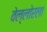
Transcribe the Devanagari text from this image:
वेल्लोरला